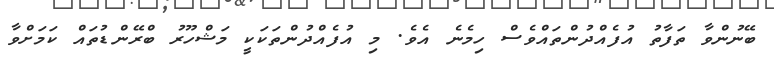
ބޭނުންވާ ތަފާތު އުފެއްދުންތައްވެސް ހިމެނެ އެވެ. މި އުފެއްދުންތަކަކީ މަޝްހޫރު ބްރޭންޑުތައް ކަމަށްވާ